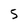
Character: 5